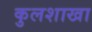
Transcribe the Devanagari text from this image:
कुलशाखा